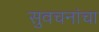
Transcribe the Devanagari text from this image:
सुवचनांचा